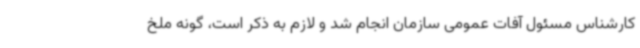
کارشناس مسئول آفات عمومی سازمان انجام شد و لازم به ذکر است، گونه ملخ